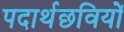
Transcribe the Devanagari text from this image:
पदार्थछवियों